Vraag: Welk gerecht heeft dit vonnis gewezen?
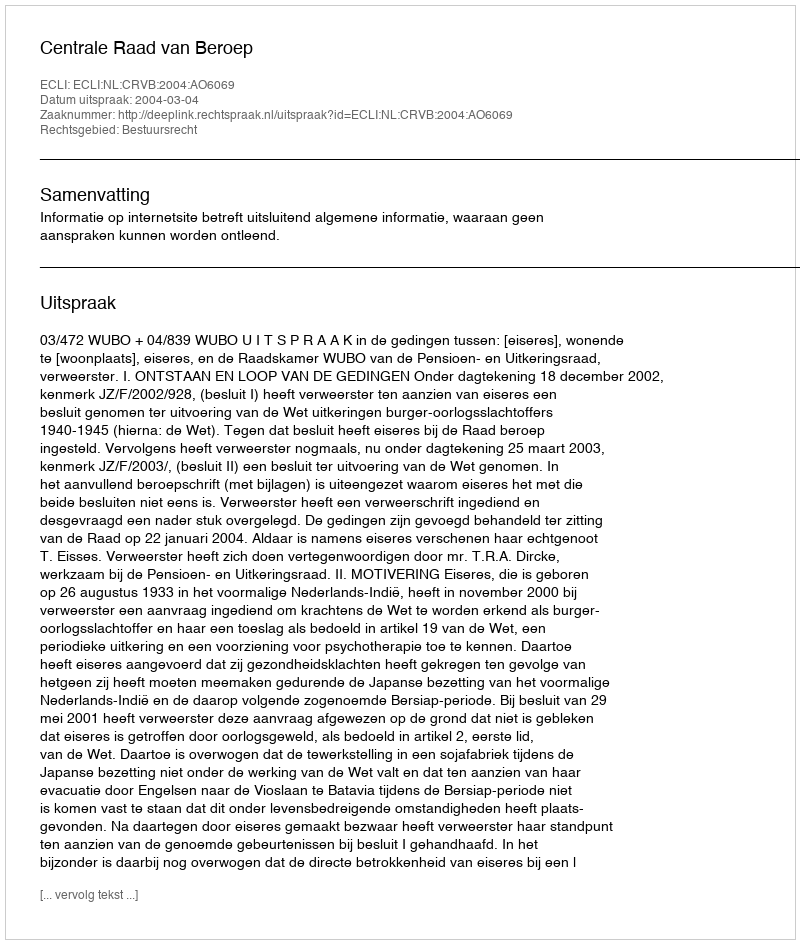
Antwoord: Centrale Raad van Beroep